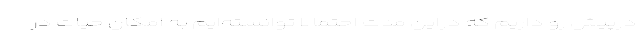
درپیش رو داریم که دراین مدت احتمالاً توانسته‌ایم به امکان حیات در